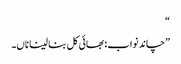
“
”چاند نواب: بھائی کل بنا لینا ناں۔